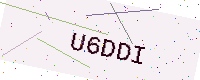
Text: U6DDI